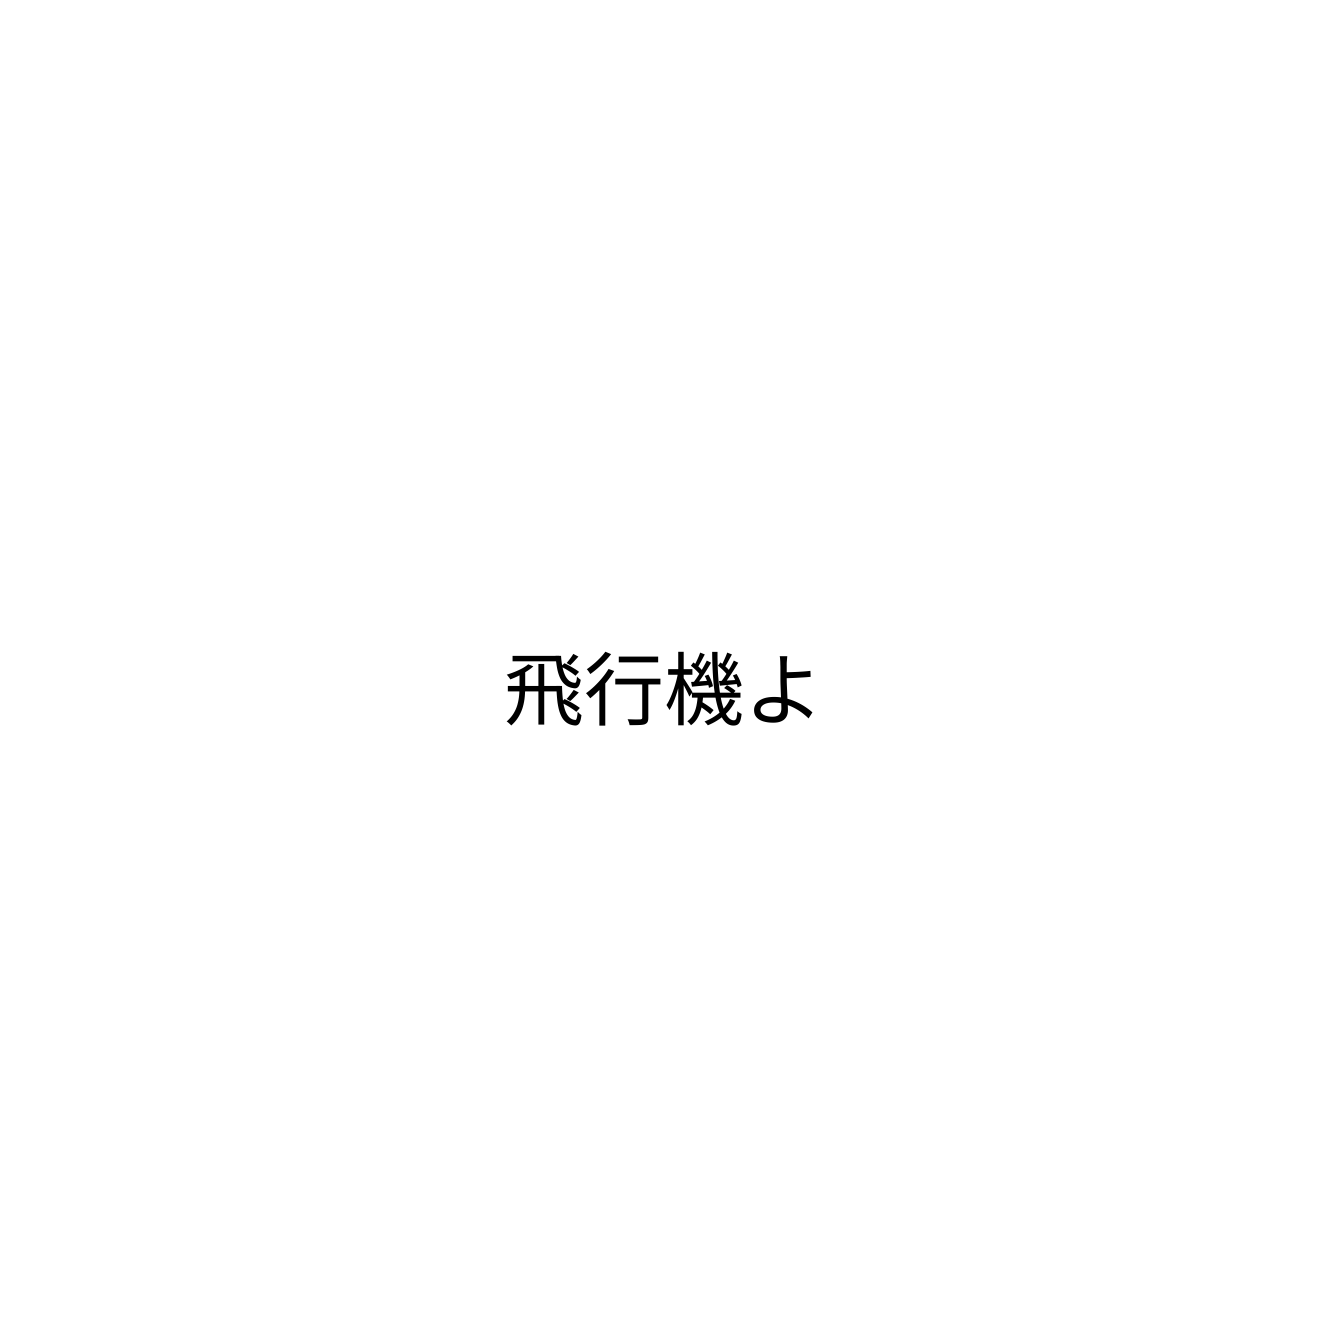
飛行機よ